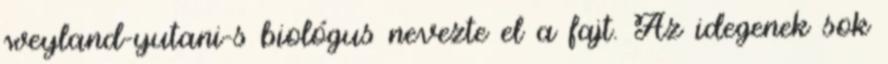
weyland-yutani-s biológus nevezte el a fajt. Az idegenek sok